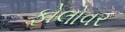
ફોલોવર